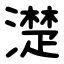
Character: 濋